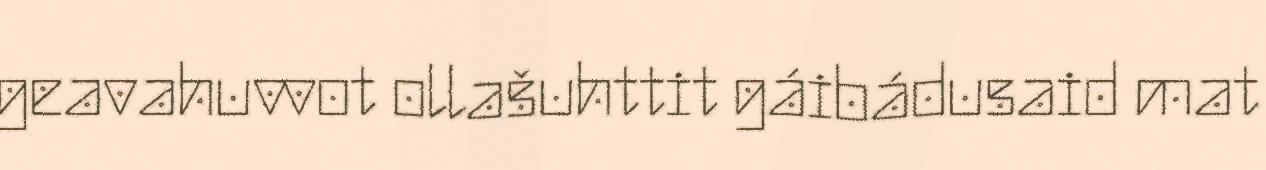
geavahuvvot ollašuhttit gáibádusaid mat